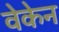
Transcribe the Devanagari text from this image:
वेकेन